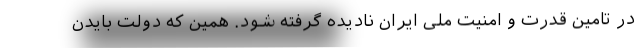
در تامین قدرت و امنیت ملی ایران نادیده گرفته شود. همین که دولت بایدن